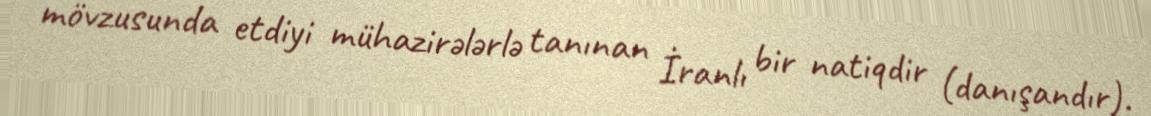
mövzusunda etdiyi mühazirələrlə tanınan İranlı bir natiqdir (danışandır).